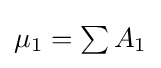
{\textstyle \mu _{1}=\sum A_{1}}